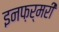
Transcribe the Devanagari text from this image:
इनफ़र्मरी